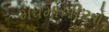
મધમાખીઓ